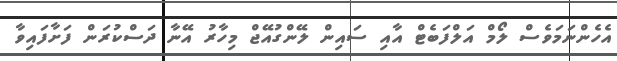
އެހެންނަމަވެސް ލޯމް އަލްފަބެޓް އާއި ސައިން ލޭންގުއޭޖް މިހާރު އޭނާ ދަސްކުރަން ފަށާފައިވާ